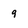
Character: 9